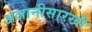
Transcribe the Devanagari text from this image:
अजानीसारखी